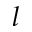
l